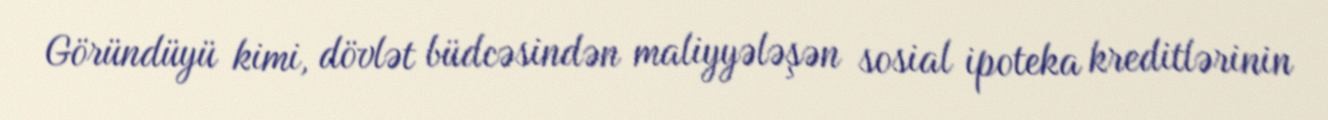
Göründüyü kimi, dövlət büdcəsindən maliyyələşən sosial ipoteka kreditlərinin